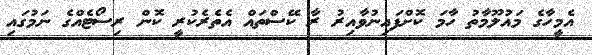
އެމީހާގެ މައުލޫމާތު ހާމަ ކޮށްފައިނުވާއިރު ރާ ކޭސްތައް އެތެރެކުރީ ކޮން ރިސޯޓެއްގެ ނަމުގައި